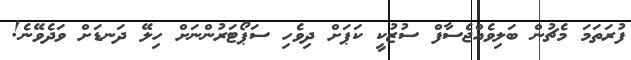
ފުރަތަމަ މެޗުން ބަލިވެއްޖެސާފް ސުޒުކީ ކަޕަށް ދިވެހި ސަޕޯޓަރުންނަށް ހިލޭ ދަނޑަށް ވަދެވޭނެ!